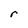
Character: r